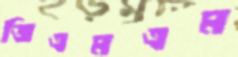
জিএমএম